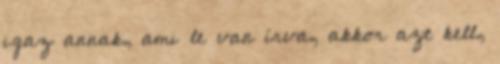
igaz annak, ami le van írva, akkor azt kell,